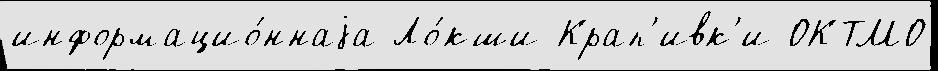
информацио́ннаjа Ло́кши Крап'ивк'и ОКТМО